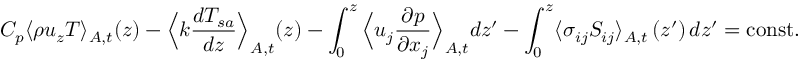
C _ { p } \langle \rho u _ { z } T \rangle _ { A , t } ( z ) - \Big \langle k \frac { d T _ { s a } } { d z } \Big \rangle _ { A , t } ( z ) - \int _ { 0 } ^ { z } \Big \langle u _ { j } \frac { \partial p } { \partial x _ { j } } \Big \rangle _ { A , t } d z ^ { \prime } - \int _ { 0 } ^ { z } \langle \sigma _ { i j } S _ { i j } \rangle _ { A , t } \left( z ^ { \prime } \right) d z ^ { \prime } = \mathrm { c o n s t . }